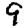
Digit: 9